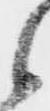
候